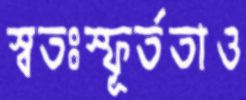
স্বতঃস্ফূর্ততাও